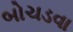
બોચડવા